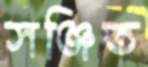
সঞ্জিত